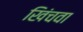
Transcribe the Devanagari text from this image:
खिंचवा